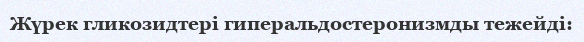
Жүрек гликозидтері гиперальдостеронизмды тежейді: